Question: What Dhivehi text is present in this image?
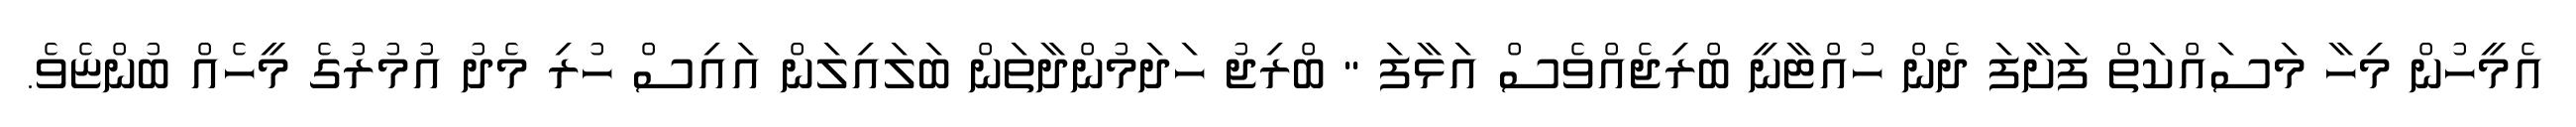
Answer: އެމީހުން މިހާ މަސައްކަތް ފަށާފަ ދެން ހުއްޓާނީ ބްރިޖެއްވެސް އަޅާފަ " ބްރިޖު ހަދަމުންދާތަން ބަލައިލަން އައިސް ހުރި މެދު އުމުރުގެ މީހެއް ބުންޏެވެ.